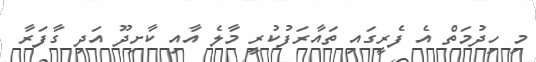
މި ހިދުމަތް އެ ފެރީގައި ތައާރަފުކުރީ މާލެ އާއި ކާށިދޫ އަދި ގާފަރާ